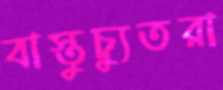
বাস্তুচ্যুতরা